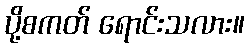
ပို့စကတ် ရောင်းသလား။